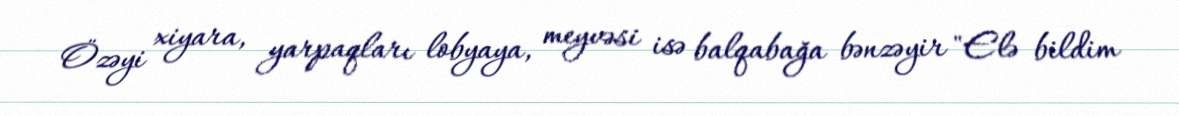
Özəyi xiyara, yarpaqları lobyaya, meyvəsi isə balqabağa bənzəyir "Elə bildim